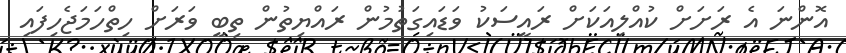
އޮންނަ އެ ރަށަށް ކުއްލިއަކަށް ރައީސަކު ވަޑައިގަތުމުން ރައްޔިތުން ތިބީ ވަރަށް ހިތްހަމަޖެހިފައި